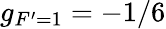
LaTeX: g_{F^{\prime}=1}=-1/6